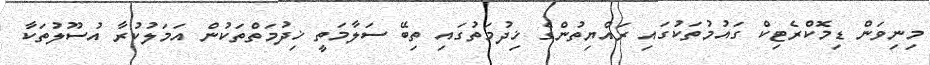
މިނިވަން ޑިމޮކްރެޓިކް ގައުމުތަކުގައި ރައްޔިތުންގެ ޚިދުމަތުގައި ތިބޭ ސަލާމަތީ ޚިދުމަތްތަކުން އަމަލުކުރާ އުސޫލުތަކާ